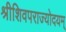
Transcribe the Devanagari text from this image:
श्रीशिवपराज्योदयम्